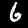
Digit: 6